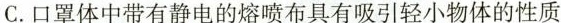
C.口罩体中带有静电的熔喷布具有吸引轻小物体的性质